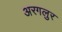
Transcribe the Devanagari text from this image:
अरगलुर